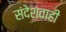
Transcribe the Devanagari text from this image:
संदेशवाही